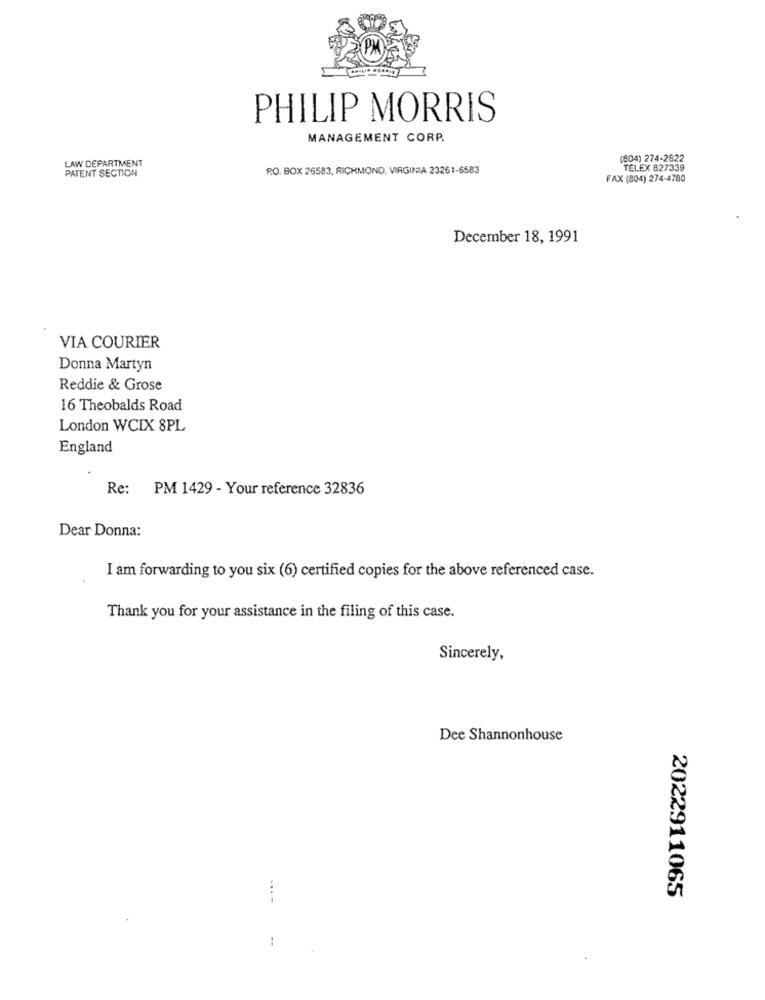
PHILIP MORRIS
MANAGEMENT CORP.
LAW DEPARTMENT
(804) 274-2622
PATENT SECTION
P.O. BOX 26583, RICHMOND, VIRGINIA 23261-6583
TELEX 827339
FAX (804) 274-4780
December 18, 1991
VIA COURIER
Donna Martyn
Reddie & Grose
16 Theobalds Road
London WCIX 8PL
England
Re: PM 1429 - Your reference 32836
Dear Donna:
I am forwarding to you six (6) certified copies for the above referenced case.
Thank you for your assistance in the filing of this case.
Sincerely,
Dee Shannonhouse
----
2022911065